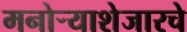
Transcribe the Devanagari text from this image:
मनोर्‍याशेजारचे